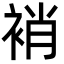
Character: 䘯